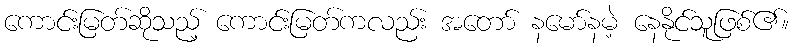
ကောင်းမြတ်ဆိုသည့် ကောင်းမြတ်ကလည်း အတော် နမော်နမဲ့ နေနိုင်သူဖြစ်၏။